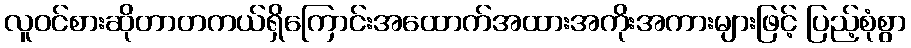
လူဝင်စားဆိုတာတကယ်ရှိကြောင်းအထောက်အထားအကိုးအကားများဖြင့် ပြည့်စုံစွာ